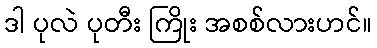
ဒါ ပုလဲ ပုတီး ကြိုး အစစ်လားဟင်။